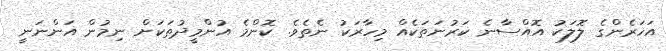
އަހަރެންގެ ލޮލަކު އޮއްސާނެ ކަރުނަތަކެއް މިހާރަކު ނެތެވެ. ކޮންމެ އުންމީދުތަކަށް ނިމުން އަންނަނީ